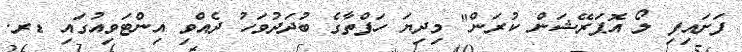
ފަށައިފި ލޯ އޮޕަރޭޝަން ކުރަން" މިދިޔަ ހަފްތާގެ ބުދަދުވަހު ދެއްވި އިންޓަވިއުގައި ޑރ.